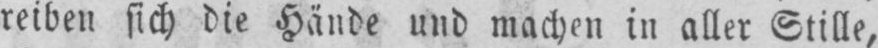
reiben sich die Hände und machen in aller Stille,